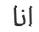
انا